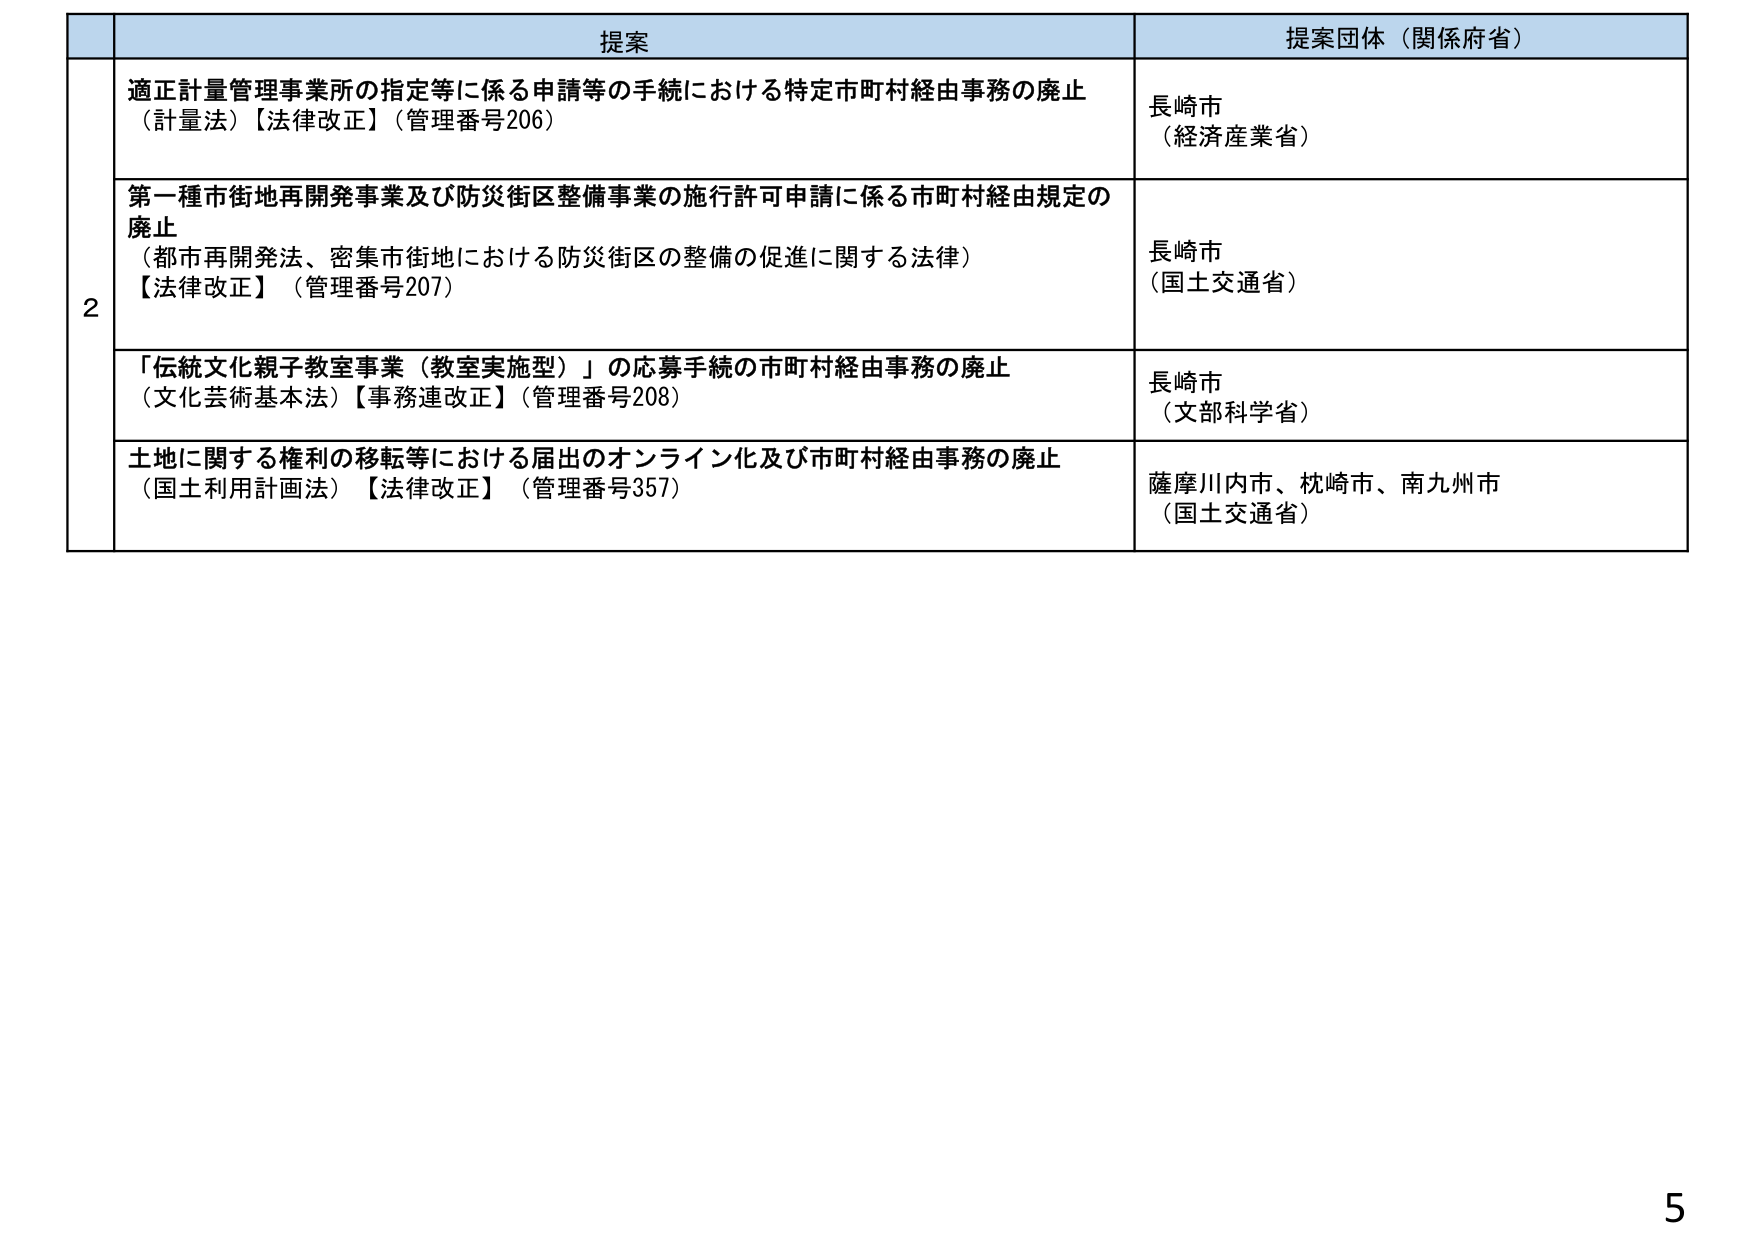
提案
提案団体（関係府省）

2
適正計量管理事業所の指定等に係る申請等の手続における特定市町村経由事務の廃止
（計量法）【法律改正】（管理番号206）
長崎市
（経済産業省）

第一種市街地再開発事業及び防災街区整備事業の施行許可申請に係る市町村経由規定の廃止
（都市再開発法、密集市街地における防災街区の整備の促進に関する法律）
【法律改正】（管理番号207）
長崎市
（国土交通省）

「伝統文化親子教室事業（教室実施型）」の応募手続の市町村経由事務の廃止
（文化芸術基本法）【事務連改正】（管理番号208）
長崎市
（文部科学省）

土地に関する権利の移転等における届出のオンライン化及び市町村経由事務の廃止
（国土利用計画法）【法律改正】（管理番号357）
薩摩川内市、枕崎市、南九州市
（国土交通省）

5